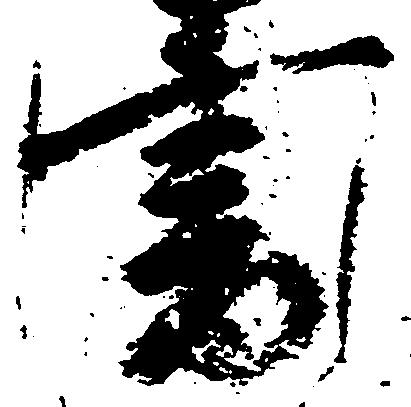
書